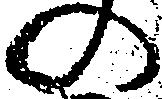
の